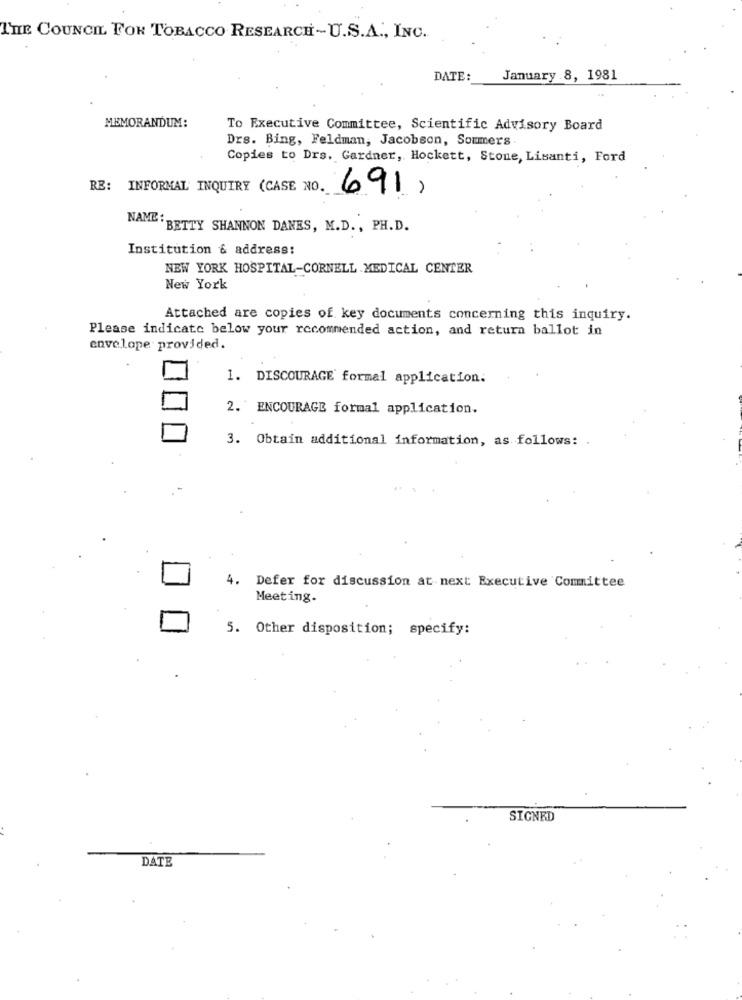
THE COUNCIL FOR TOBACCO RESEARCH-U.S.A ., INC.
DATE:
January 8, 1981
MEMORANDUM:
To Executive Committee, Scientific Advisory Board
Drs. Bing, Feldman, Jacobson, Soumers .
Copies to Drs. Gardner, Hockett, Stone, Lisanti, Ford
RE: INFORMAL INQUIRY (CASE NO.
691,
NAME:BETTY SHANNON DANES, M.D. , PH.D.
Institution & address:
NEW YORK HOSPITAL-CORNELL MEDICAL CENTER
New York
Attached are copies of key documents concerning this inquiry.
Please indicate below your recommended action, and return ballot in
envelope provided.
1. DISCOURAGE formal application.
2. ENCOURAGE formal application.
3. Obtain additional information, as follows: .
4. Defer for discussion at next Executive Committee
Meeting-
5. Other disposition; specify:
SIGNED
DATE